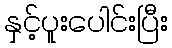
နှင့်ပူးပေါင်းပြီး